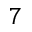
7